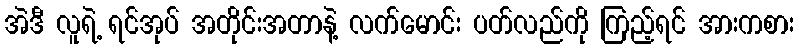
အဲဒီ လူရဲ့ ရင်အုပ် အတိုင်းအတာနဲ့ လက်မောင်း ပတ်လည်ကို ကြည့်ရင် အားကစား